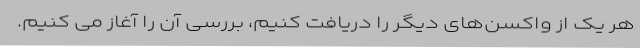
هر یک از واکسن‌های دیگر را دریافت کنیم، بررسی آن را آغاز می کنیم.